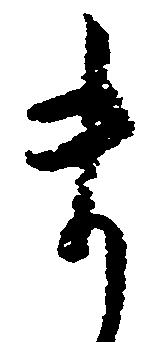
ま